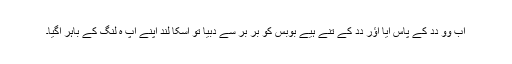
اَب وو دِدِ کے پاس اَیا اؤر دِدِ کے تنے ہُیے بُوبس کو برِ برِ سے دبیا تو اُسکا لُند اَپنے اَپ ہِ لُنگِ کے باہر اَگیا۔